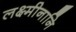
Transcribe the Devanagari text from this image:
लक्ष्मीनानि